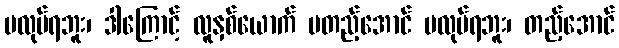
မလုပ်ရဘူး၊ ဒါကြောင့် လူနှစ်ယောက် မတည့်အောင် မလုပ်ရဘူး၊ တည့်အောင်